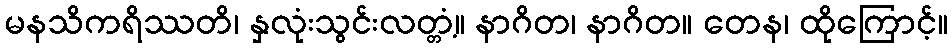
မနသိကရိဿတိ၊ နှလုံးသွင်းလတ္တံ့။ နာဂိတ၊ နာဂိတ။ တေန၊ ထိုကြောင့်။